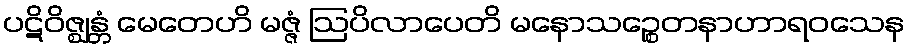
ပဋိဝိဇ္ဈန္တံ မေတေဟိ မဇ္ဇံ ဩပိလာပေတိ မနောသဉ္စေတနာဟာရဝသေန